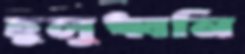
হুলুধ্বনি